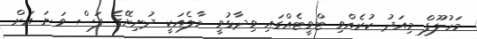
މަހުލޫފް މިއަދު ކުރެއްވި ޓްވީޓެއްގައި ވިދާޅުވީ މާލެއަކީ ދުނިޔޭގެ ފަސް ވަނަ އަށް